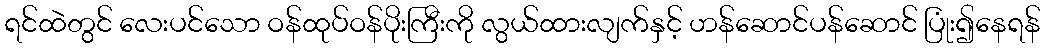
ရင်ထဲတွင် လေးပင်သော ဝန်ထုပ်ဝန်ပိုးကြီးကို လွယ်ထားလျက်နှင့် ဟန်ဆောင်ပန်ဆောင် ပြုံး၍နေရန်